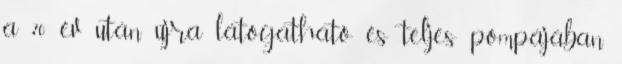
a 70 év után újra látogatható és teljes pompájában